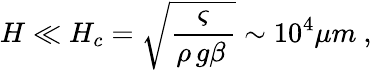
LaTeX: H\ll H_{c}=\sqrt{\frac{\varsigma}{\rho\, g\beta\, }}\sim 10^{4}\mu m\ ,\